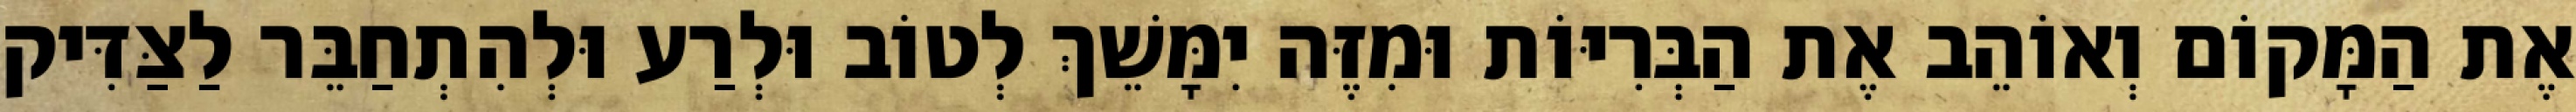
אֶת הַמָּקוֹם וְאוֹהֵב אֶת הַבְּרִיּוֹת וּמִזֶּה יִמָּשֵׁךְ לְטוֹב וּלְרַע וּלְהִתְחַבֵּר לַצַּדִּיק